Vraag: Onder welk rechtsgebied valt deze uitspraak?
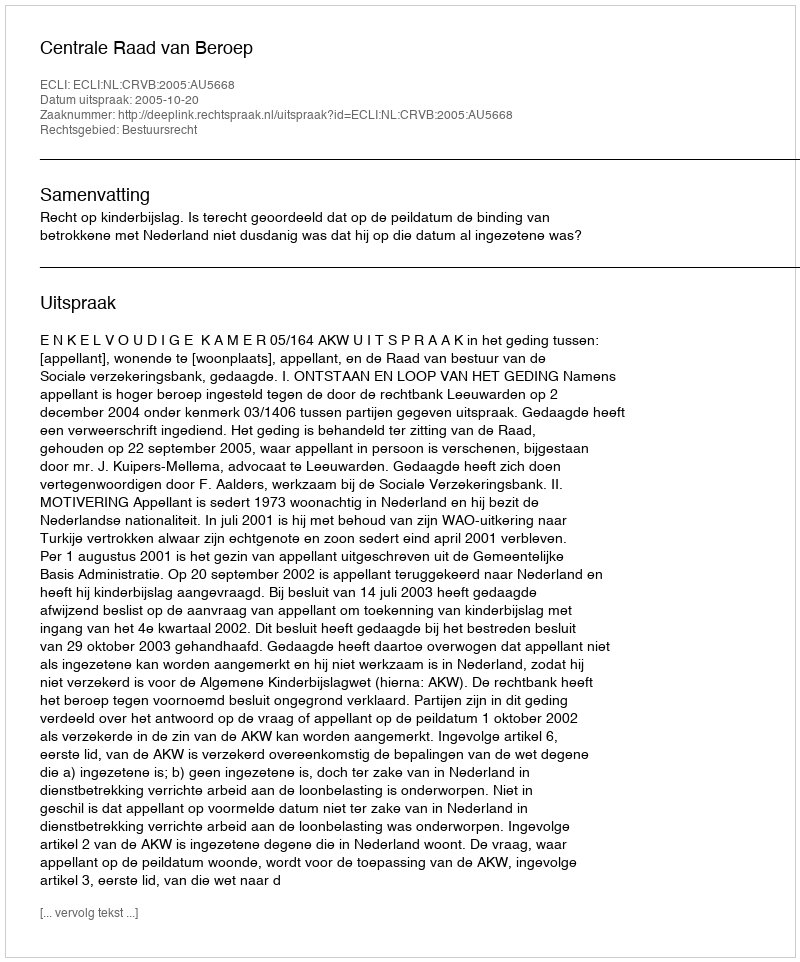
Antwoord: Bestuursrecht